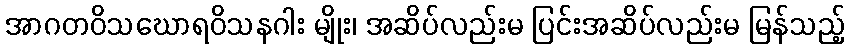
အာဂတဝိသဃောရဝိသနဂါး မျိုး၊ အဆိပ်လည်းမ ပြင်းအဆိပ်လည်းမ မြန်သည့်